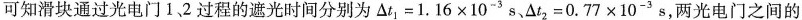
可知滑块通过光电门1.2过程的遮光时间分别为$$△t_{ 1 } = 1.16 × 10^{ - 3 } s$$ 、$$△t_{ 2 } = 0.77 × 10^{ - 3 } s$$，两光电门之间的